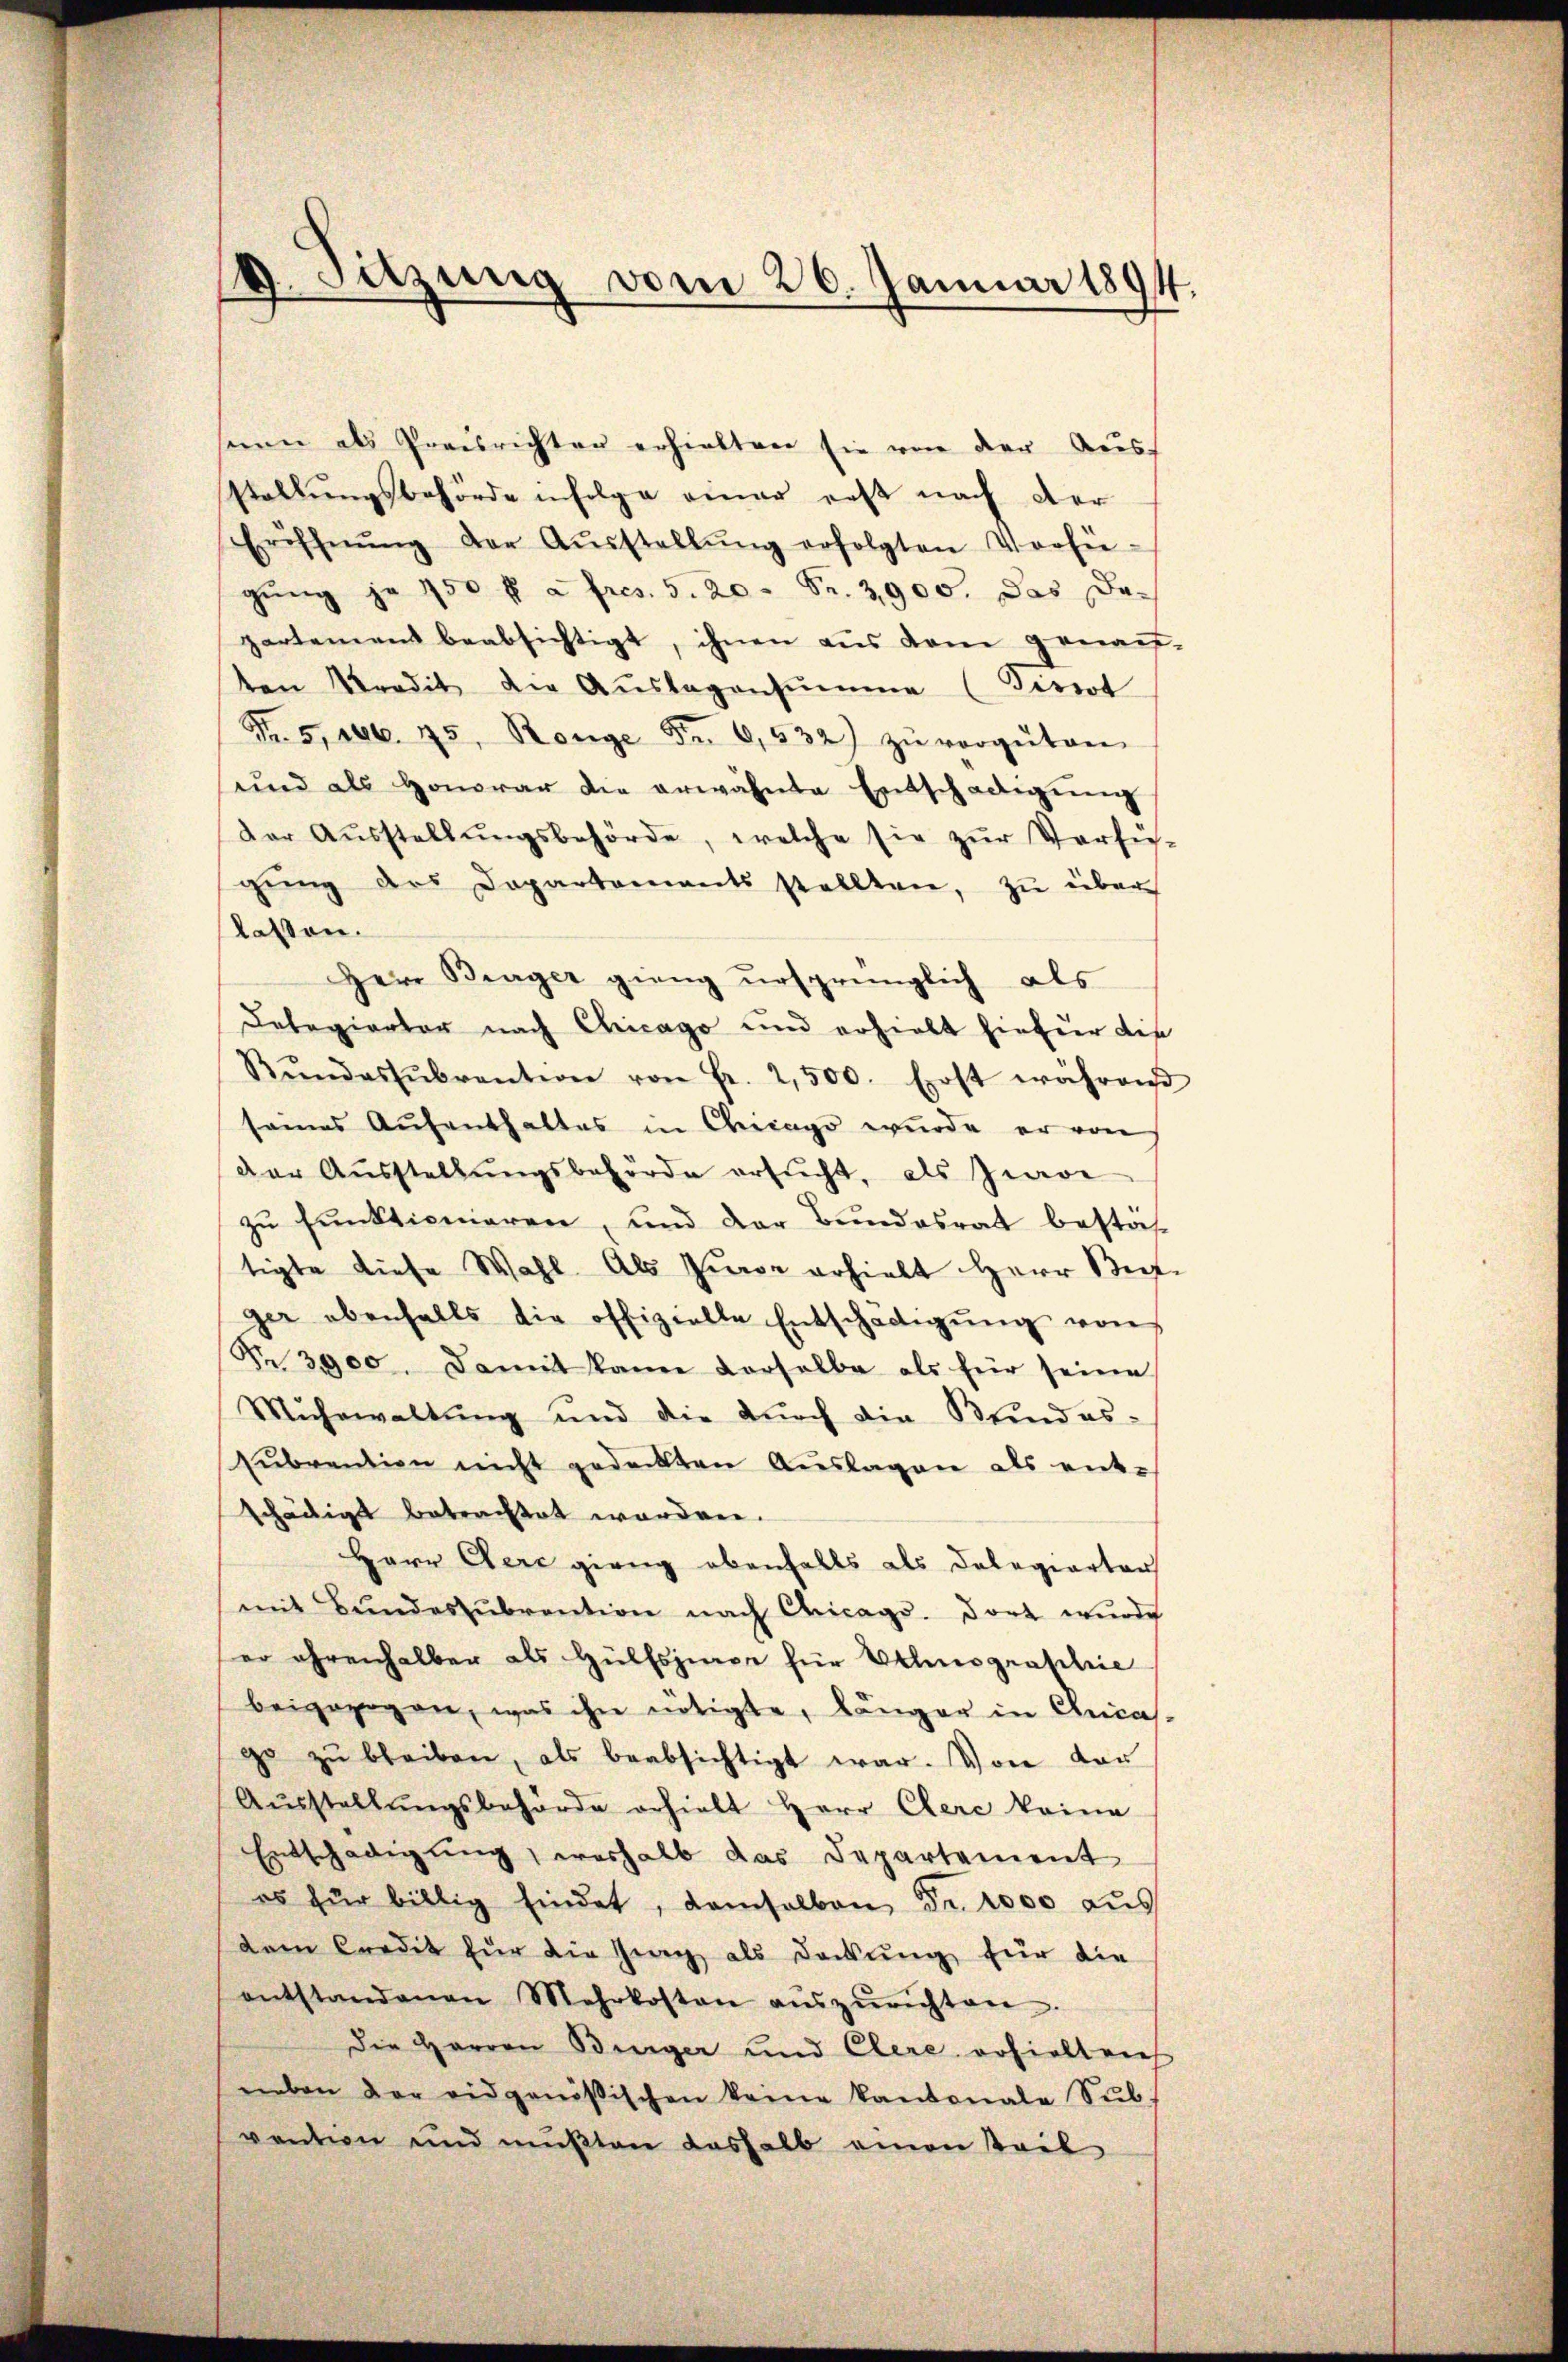
seien als Preisrichten erhielten sie von der Ausstellungsbehörde infolge einer erst nach der
Eröffnŭng der Aŭsstellŭng erfolgten Vorhie-
gung je 150 ff. a fres. 5. 20. Fr. 3900. Das Da
partement beabsichtigt, ihnen aus dem genau-
ten Kredit die Aŭslagensumme (Tissot
Fr. 5. 106. 75. Range Fr. 6,532) zu vorgetan.
und als Honorar die erwähnte Entschädigŭng
Der Aŭsstellŭngsbehörde, welche sie zŭr Verfü-
gŭng des Departements stellten, zŭ über
lassen.
Herr Binger gieng ursprünglich als
Delegierter nach Chicago und erhielt hiefür die
Rŭndessŭbvention von Fr. 2,500. Erst währen
sames Aufenthaltes in Chicago wurde er von
der Aŭsstellŭngsbehörde ersŭcht, als Zwar
zu funktionieren, und der Bundesrat bestät
tigte diese Wahl. Als Jure erhielt Herr Seite
ger ebenfalls die offizielle Entschädigŭng von
Nr. 3900. Damit kann verselbe als für seine
Muhewaltung und die durch die Kindes-
sŭbvention nicht gedeckten Aŭslagen als ent-
schädigt betrachtet worden.
Herr Cere gieng ebenfalls als Delegierter
mit Bŭndessŭbrention nach Chicago. dort wurde
er ehrenhalber als Hülfsjinge für Ethnographie
beigezogen, was ihn nötigte, länger in Chicas
go zŭ bleiben, als beabsichtigt war. Von der
Ausstellungsbehörde erhielt Herr Clere keine
Entschädigung, weshalb das Departement
es für billig findet, demselben Fr. 1000 aus
dem Credit für die Prag als Deckung für die
entstandenen Mehrkosten aŭszŭrichten.
Die Herren Bürger und Clere erhielten
neben der eidgenößischen keine kantonale Sŭb.
vention und mußten deshalb einen teil

(9. Setzung vom 26. Januar 1894.